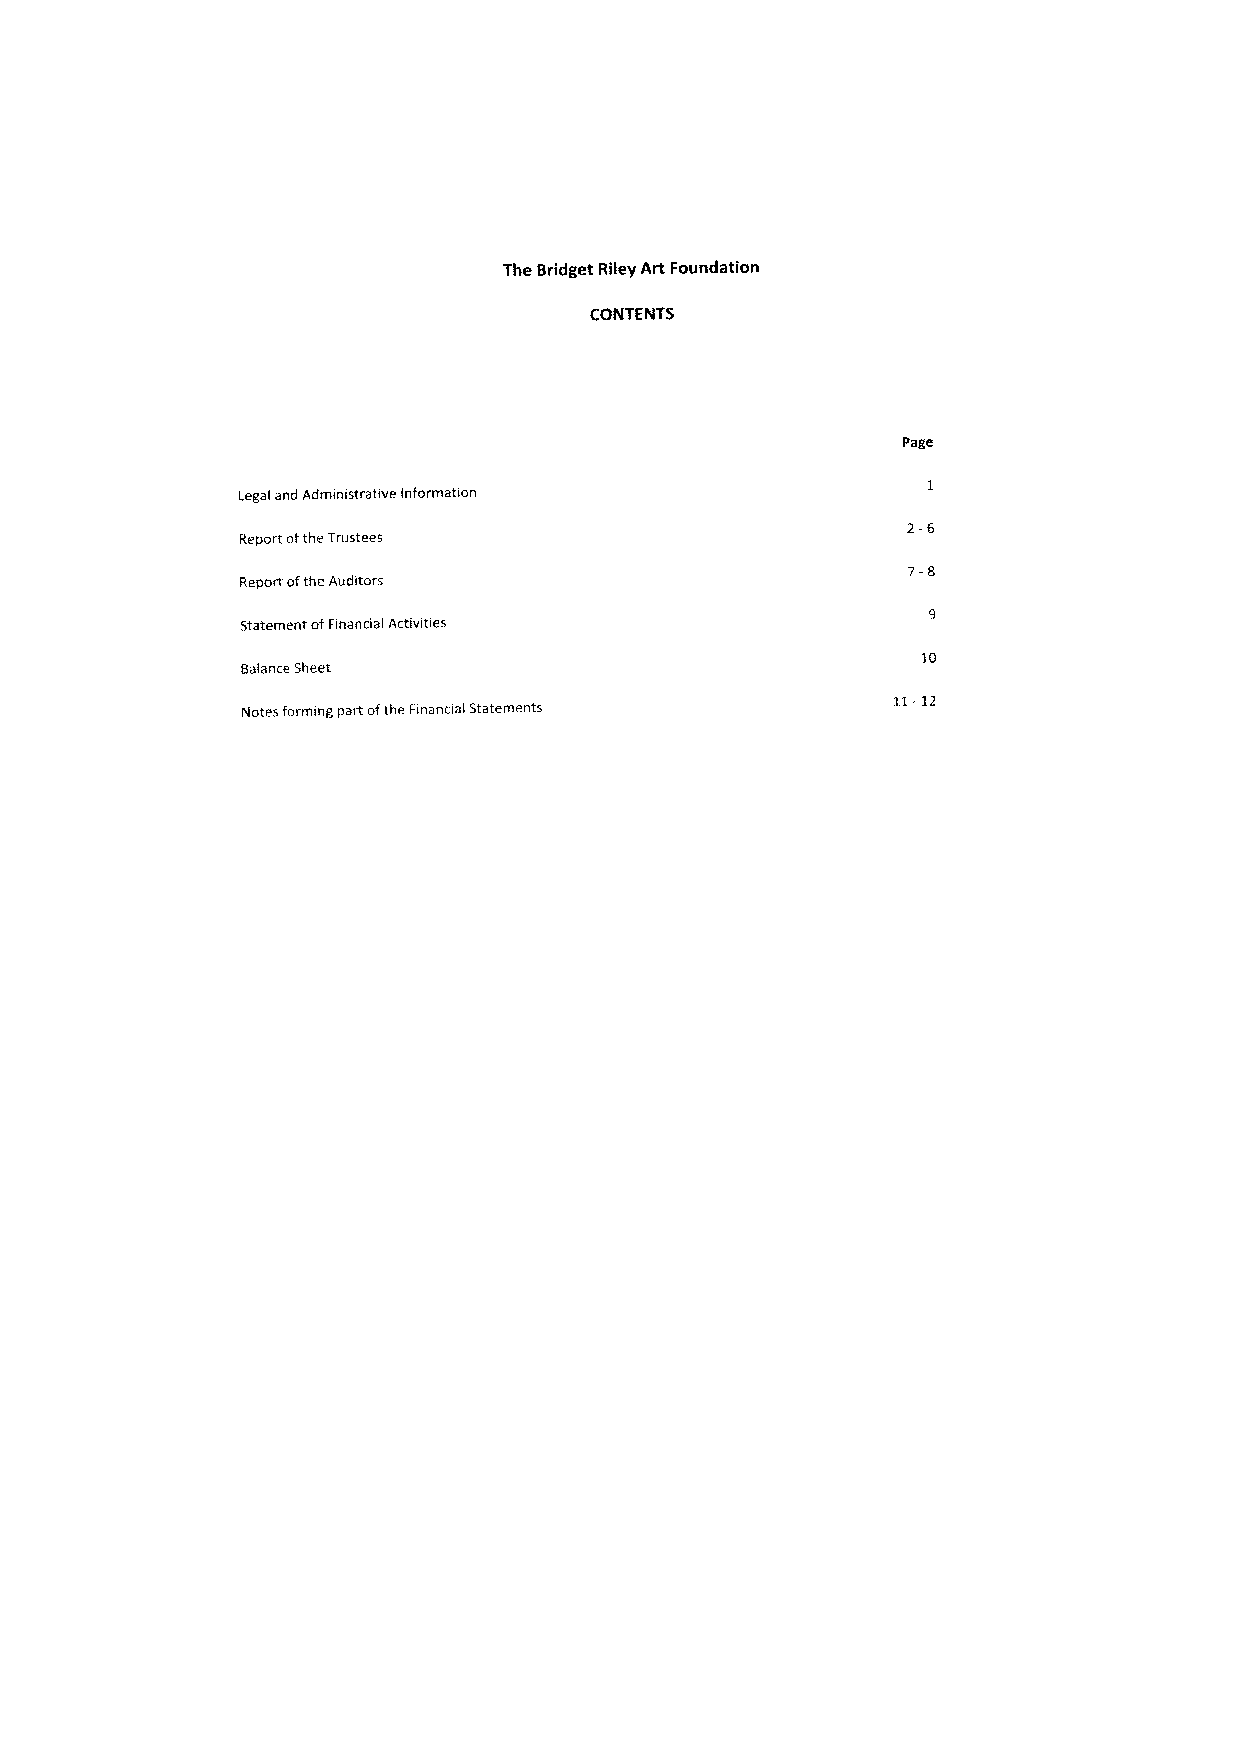
The Bridget Riiey Art Foundation
 CONTENTS
 Page
 Legal and Administrative Information
 2-6
 Report ofthe Trustees
 7-8
 Report ofthe Auditors
 Statement ofFinancial Activities
 10
 Balance Sheet
 11-12
 Notes forming part ofthe Financial Statements